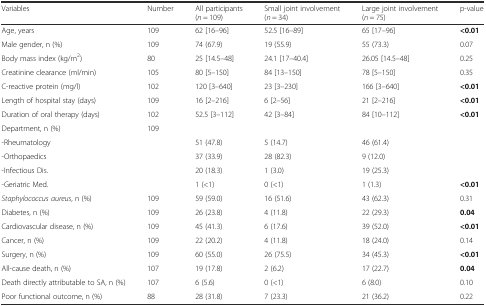
<table><thead><tr><td><b>Variables</b></td><td><b>Number</b></td><td><b>All participants (<i>n</i> = 109)</b></td><td><b>Small joint involvement (<i>n</i> = 34)</b></td><td><b>Large joint involvement (<i>n</i> = 75)</b></td><td><b>p-value</b></td></tr></thead><tbody><tr><td>Age, years</td><td>109</td><td>62 [16–96]</td><td>52.5 [16–89]</td><td>65 [17–96]</td><td><b>&lt;0.01</b></td></tr><tr><td>Male gender, n (%)</td><td>109</td><td>74 (67.9)</td><td>19 (55.9)</td><td>55 (73.3)</td><td>0.07</td></tr><tr><td>Body mass index (kg/m<sup>2</sup>)</td><td>80</td><td>25 [14.5–48]</td><td>24.1 [17–40.4]</td><td>26.05 [14.5–48]</td><td>0.25</td></tr><tr><td>Creatinine clearance (ml/min)</td><td>105</td><td>80 [5–150]</td><td>84 [13–150]</td><td>78 [5–150]</td><td>0.35</td></tr><tr><td>C-reactive protein (mg/l)</td><td>102</td><td>120 [3–640]</td><td>23 [3–230]</td><td>166 [3–640]</td><td><b>&lt;0.01</b></td></tr><tr><td>Length of hospital stay (days)</td><td>109</td><td>16 [2–216]</td><td>6 [2–56]</td><td>21 [2–216]</td><td><b>&lt;0.01</b></td></tr><tr><td>Duration of oral therapy (days)</td><td>102</td><td>52.5 [3–112]</td><td>42 [3–84]</td><td>84 [10–112]</td><td><b>&lt;0.01</b></td></tr><tr><td>Department, n (%)</td><td>109</td><td></td><td></td><td></td><td></td></tr><tr><td>-Rheumatology</td><td></td><td>51 (47.8)</td><td>5 (14.7)</td><td>46 (61.4)</td><td></td></tr><tr><td>-Orthopaedics</td><td></td><td>37 (33.9)</td><td>28 (82.3)</td><td>9 (12.0)</td><td></td></tr><tr><td>-Infectious Dis.</td><td></td><td>20 (18.3)</td><td>1 (3.0)</td><td>19 (25.3)</td><td></td></tr><tr><td>-Geriatric Med.</td><td></td><td>1 (&lt;1)</td><td>0 (&lt;1)</td><td>1 (1.3)</td><td><b>&lt;0.01</b></td></tr><tr><td><i>Staphylococcus aureus</i>, n (%)</td><td>109</td><td>59 (59.0)</td><td>16 (51.6)</td><td>43 (62.3)</td><td>0.31</td></tr><tr><td>Diabetes, n (%)</td><td>109</td><td>26 (23.8)</td><td>4 (11.8)</td><td>22 (29.3)</td><td><b>0.04</b></td></tr><tr><td>Cardiovascular disease, n (%)</td><td>109</td><td>45 (41.3)</td><td>6 (17.6)</td><td>39 (52.0)</td><td><b>&lt;0.01</b></td></tr><tr><td>Cancer, n (%)</td><td>109</td><td>22 (20.2)</td><td>4 (11.8)</td><td>18 (24.0)</td><td>0.14</td></tr><tr><td>Surgery, n (%)</td><td>109</td><td>60 (55.0)</td><td>26 (75.5)</td><td>34 (45.3)</td><td><b>&lt;0.01</b></td></tr><tr><td>All-cause death, n (%)</td><td>107</td><td>19 (17.8)</td><td>2 (6.2)</td><td>17 (22.7)</td><td><b>0.04</b></td></tr><tr><td>Death directly attributable to SA, n (%)</td><td>107</td><td>6 (5.6)</td><td>0 (&lt;1)</td><td>6 (8.0)</td><td>0.10</td></tr><tr><td>Poor functional outcome, n (%)</td><td>88</td><td>28 (31.8)</td><td>7 (23.3)</td><td>21 (36.2)</td><td>0.22</td></tr></tbody></table>